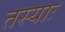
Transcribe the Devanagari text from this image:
तस्याः